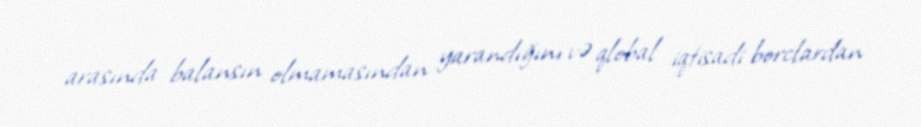
arasında balansın olmamasından yarandığını və qlobal iqtisadi borclardan